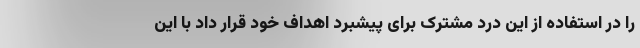
را در استفاده از این درد مشترک برای پیشبرد اهداف خود قرار داد با این